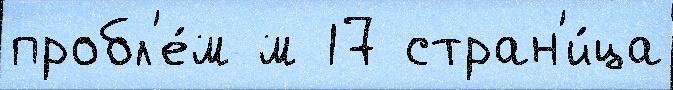
пробл'е́м м 17 стран'и́ца